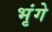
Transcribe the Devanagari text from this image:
भृंगे